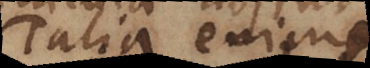
Talia enim